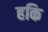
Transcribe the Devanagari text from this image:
हकि